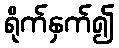
ရိုက်နှက်၍